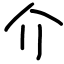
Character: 介